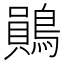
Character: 鶰